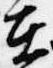
在